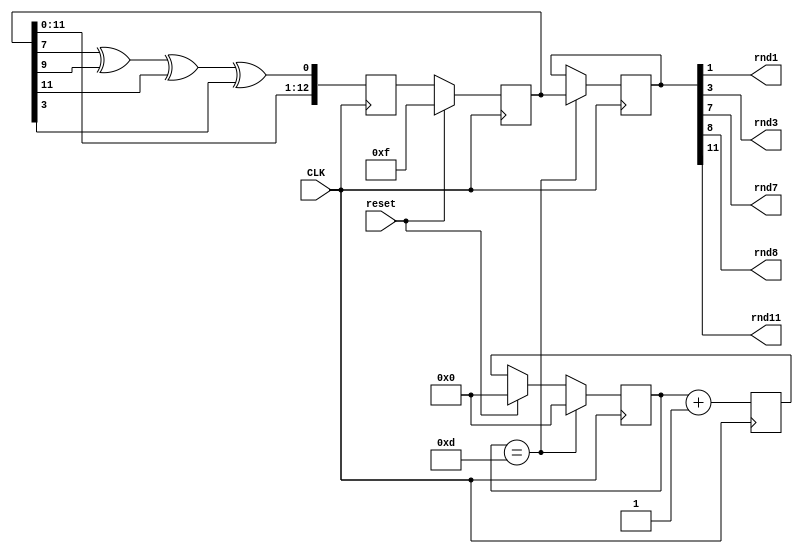
module random_gen (
    input CLK,
    input reset,
    output rnd1,
    output rnd3,
    output rnd7,
    output rnd8,
    output rnd11
    );
 
wire feedback = random[7] ^ random[9] ^ random[11] ^ random[3]; 
 
reg [12:0] random, random_next, random_done;
reg [3:0] count, count_next; //to keep track of the shifts
 
always @ (posedge CLK)
begin
 if (reset)
 begin
  random <= 13'hF; //An LFSR cannot have an all 0 state, thus reset to FF
  count <= 0;
 end
  
 else
 begin
  random <= random_next;
  count <= count_next;
 end

 random_next = random; //default state stays the same
 count_next = count;
   
  random_next <= {random[11:0], feedback}; //shift left the xor'd every posedge clock
  count_next <= count + 1;
 
 if (count == 13)
 begin
  count <= 0;
  random_done <= random; //assign the random number to output after 13 shifts
 end
  
end
 
 
assign rnd1 = random_done[1];
assign rnd3 = random_done[3];
assign rnd7 = random_done[7];
assign rnd8 = random_done[8];
assign rnd11 = random_done[11];


endmodule